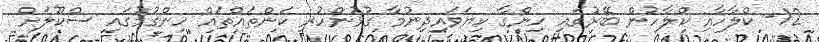
12- ކްލާހާއި ކްލާހުން ބޭރުގައި ހިންގާ ކިޔަވައިދިނުމާ ގުޅުންހުރި ކަންތައްތައް ހިންގުމުގައި ސްކޫލަށް